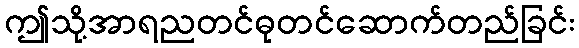
ဤသို့အာရညတင်ဓုတင်ဆောက်တည်ခြင်း